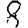
Digit: 8